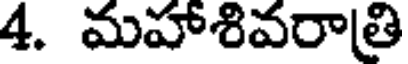
4. మహాశివరాత్రి